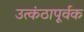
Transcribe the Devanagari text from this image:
उत्कंठापूर्वक